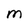
Character: M